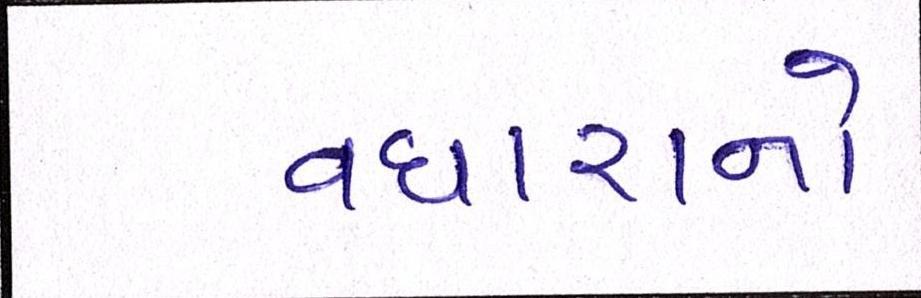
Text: વધારાનો